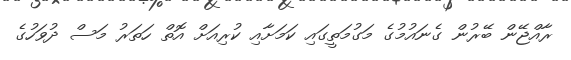
ރާއްޖޭން ބޭރުން ގެނައުމުގެ މަގުމަތީގައި ކަމަށާއި ކުރިއަށް އޮތް ހަތަރު މަސް ދުވަހުގެ